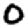
Digit: 0